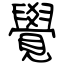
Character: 覺